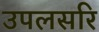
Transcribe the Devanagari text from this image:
उपलसरि